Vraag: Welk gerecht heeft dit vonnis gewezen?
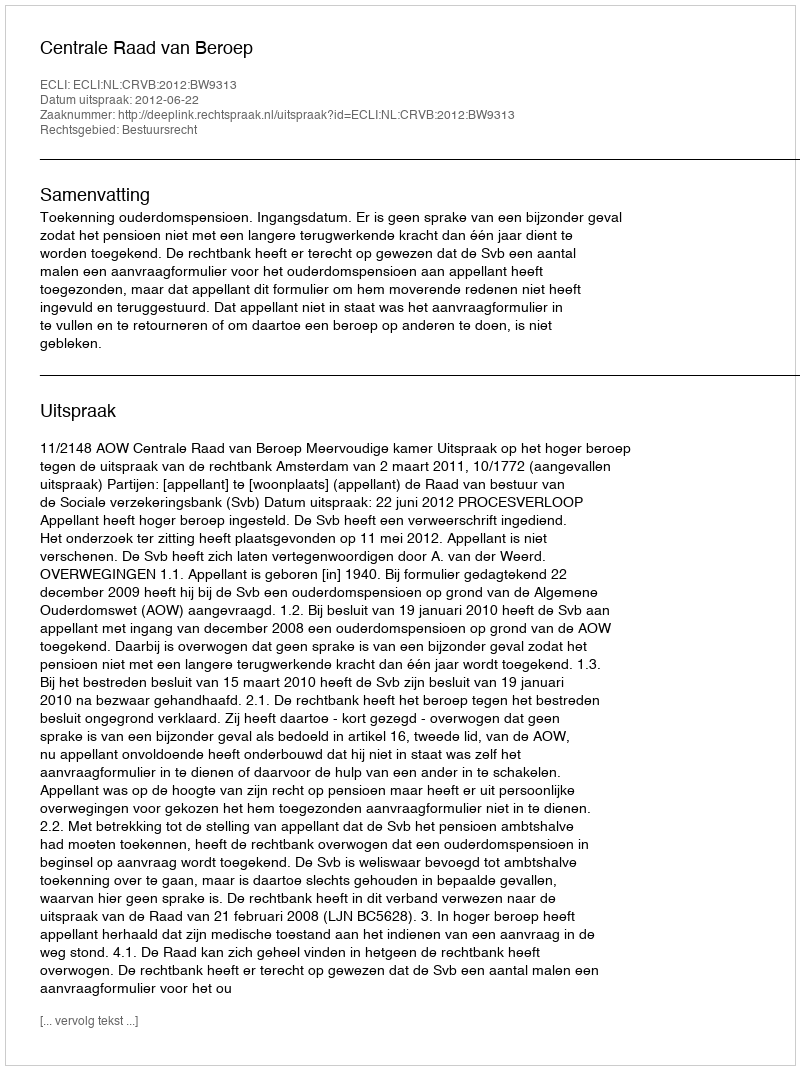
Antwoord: Centrale Raad van Beroep